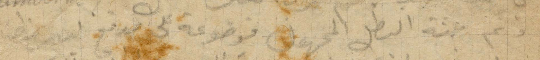
وثم جثة البطل المجهول موضوعة على مدفع كبير